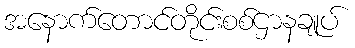
အနောက်တောင်တိုင်းစစ်ဌာနချုပ်